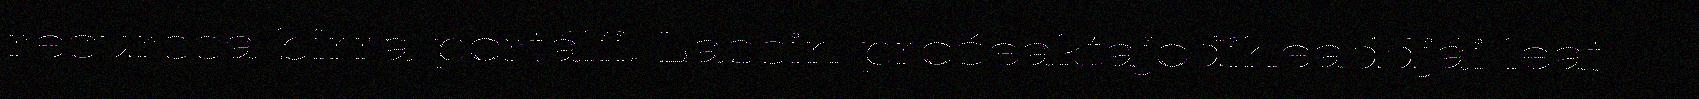
resurssa birra portálii. Lassin prošeaktajođiheaddjái leat